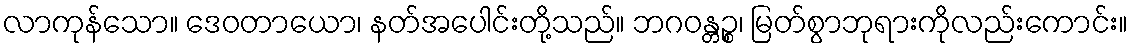
လာကုန်သော။ ဒေဝတာယော၊ နတ်အပေါင်းတို့သည်။ ဘဂဝန္တဉ္စ၊ မြတ်စွာဘုရားကိုလည်းကောင်း။